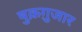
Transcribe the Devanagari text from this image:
षुक्रग़ुजार